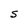
Character: S